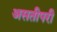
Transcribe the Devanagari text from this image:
असतीपरी